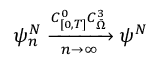
\psi _ { n } ^ { N } \xrightarrow [ n \rightarrow \infty ] { C _ { [ 0 , T ] } ^ { 0 } C _ { \Bar { \Omega } } ^ { 3 } } \psi ^ { N }